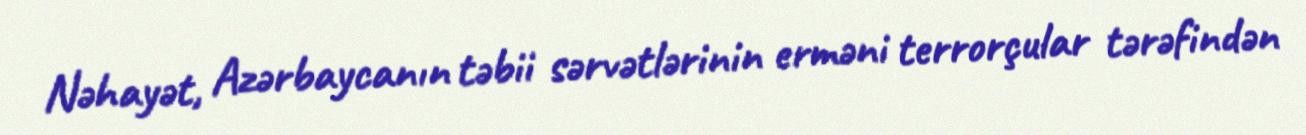
Nəhayət, Azərbaycanın təbii sərvətlərinin erməni terrorçular tərəfindən